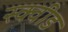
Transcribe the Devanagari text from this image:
स्क्वीड